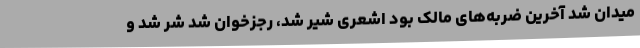
میدان شد آخرین ضربه‌های مالک بود اشعری شیر شد، رجزخوان شد شر شد و